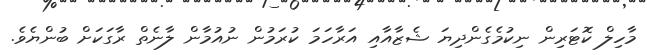
މާހިލް ކޮޓަރިން ނިކުމެގެންދިޔަ ޝެޒާއާއި އަރާހަމަ ކުރަމުން ނުއުމާން ލާނެތް ރާގަކަށް ބުންޔެވެ.